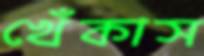
খেঁকাস